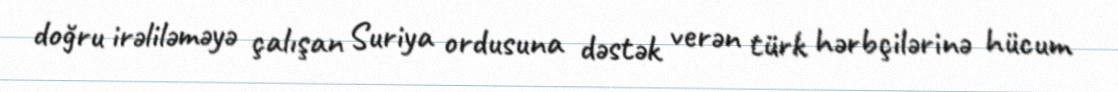
doğru irəliləməyə çalışan Suriya ordusuna dəstək verən türk hərbçilərinə hücum